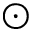
\odot